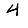
Digit: 4